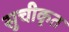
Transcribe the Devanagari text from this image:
सुचीकृत